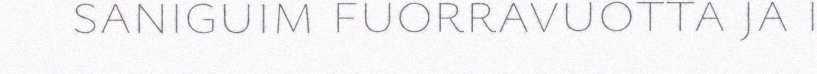
saniguim fuorravuotta ja i